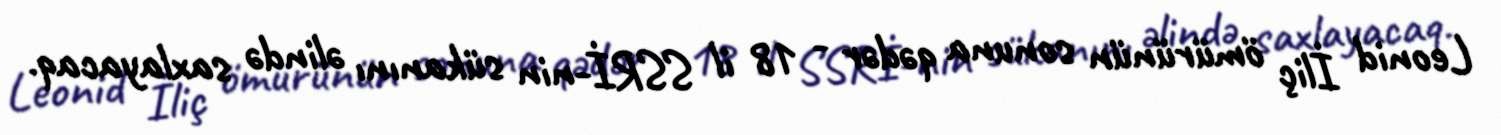
Leonid İliç ömürünün sonuna qədər - 18 il SSRİ-nin sükanını əlində saxlayacaq.